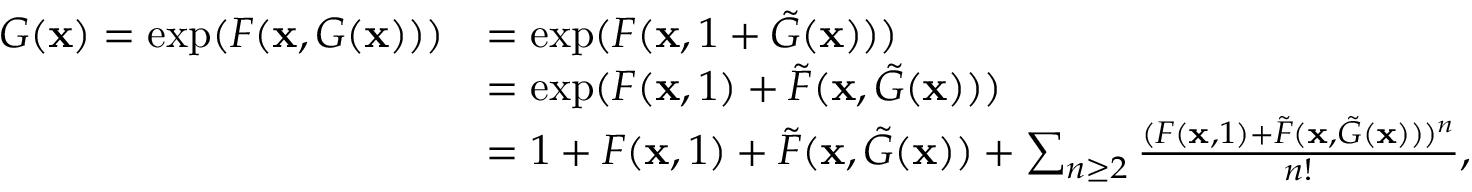
\begin{array} { r l } { G ( \mathbf { x } ) = \exp ( F ( \mathbf { x } , G ( \mathbf { x } ) ) ) } & { = \exp ( F ( \mathbf { x } , 1 + \tilde { G } ( \mathbf { x } ) ) ) } \\ & { = \exp ( F ( \mathbf { x } , 1 ) + \tilde { F } ( \mathbf { x } , \tilde { G } ( \mathbf { x } ) ) ) } \\ & { = 1 + F ( \mathbf { x } , 1 ) + \tilde { F } ( \mathbf { x } , \tilde { G } ( \mathbf { x } ) ) + \sum _ { n \geq 2 } \frac { ( F ( \mathbf { x } , 1 ) + \tilde { F } ( \mathbf { x } , \tilde { G } ( \mathbf { x } ) ) ) ^ { n } } { n ! } , } \end{array}